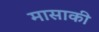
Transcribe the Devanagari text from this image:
मासाकी